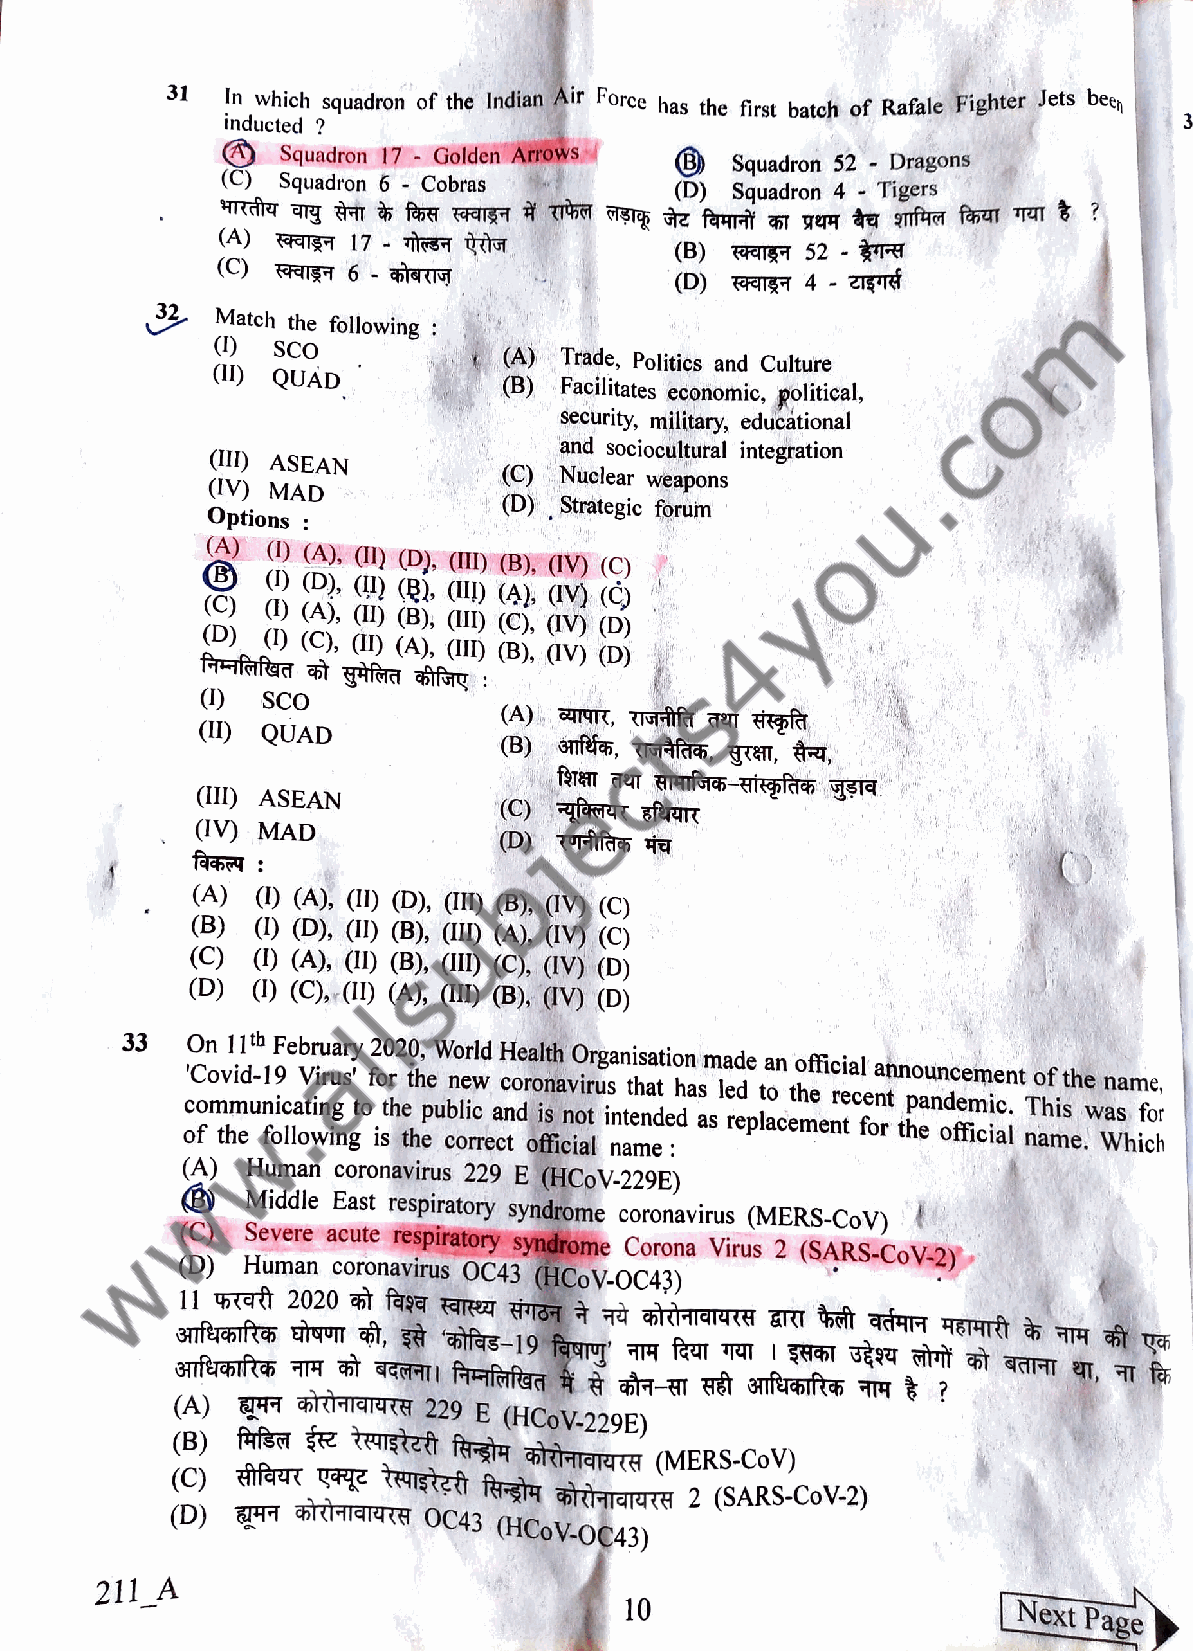
31  In which squadron of the Indian Air Force has the first batch of Rafale Fighter Jets bee
 inducted ?
 Squadron  17- Golden Arrows
 Squadron  52 Dragons
 (C) Squadron 6 Cobras
 (D) Squadron 4 Tigers
 (A) FT7  17 7    TIT
 (B) HTE7 52 A
 (C)
 (D) 17  4 ZI
 32  Match the following
 ()  SCO            (A) Trade, Politics and Culture
 (11) QUAD
 (B) Facilitates economic, political,
 security, military, educational
 and sociocultural integration
 (I) ASEAN
 (C) Nuclear weapons
 (IV) MAD
 (D)Strategic forum
 Options
 (A) ) (A), I) D), (II) (B), (V) (C)
 () (D), () (E), (1I1) (A), ((V) (C)
 (C) 1) (A), () (B), (II) (C), (IV) (D)
 (D) () (C), () (A), (I) (B),. (V) (D)
 (1) SCO
 (A) T9TT, IHIT T7 HEPT
 (11) QUAD
 (B) oe,  TTafra, zran, ,
 (III) ASEAN
 (C)
 (IV) MAD
 (D)
 (A) (1) (A), (T) (D), (II) (B), ((V) (C)
 (B) 1) D), (1) B), (I) (A). (IV) (C)
 ((CC)) (1) (A), (11) (B), (11) (C), ((V) (D)
 (D)  ) (C),,() (A), (I1) (B), ((V) (D)
 33  ocCO o fn o m v th1 mi ed1 t u-h 1 n
 f
 o9F ic
 l
 e la oVb t wir i nu r iu ga nsr gy ' t o f 2 io st0 r h 2 e t0 t
 h
 h, ep e W u cbno ole ir rcwl rd
 e
 a cH c n to d e r oa o il fsnt fh ia cn v iO o ai tr lr u g isa n n tt ei hs naa dtt eio dhn as am s la e rd ede p lt aa o cn e to h mf ef e i nc rei ta cl fe ona rtn tn hpo eau nn odc fe fe m im ciie acn l. t T no ahf mi sth
 e
 .e w Wana s hm if coe hr,
 name:
 (A) Human coronavirus 229 E (HCoV-229E)
 Middle East respiratory syndrome coronavirus (MERS-CoV)
 (C) Severe acute respiratory syndrome Corona Virus 2 (SARS-CoV-2)
 (D) Human coronavirus OC43 (HCoV-OC43)
 (A)      TTIITA  229 E (HCoV-229E)
 (B)  f4fs   TIgtzti ft  ATuTA
 (MERS-CoV)
 C)        T   TRE    f-s4 artTaTaTa
 2 (SARS-CoV-2)
 (D)  HT  TUIUTE  OC43
 (HCoV-OC43)
 211_A
 10                       Next  Page